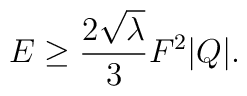
E \ge { {2 \sqrt{\lambda}} \over 3} F^2 | Q | .